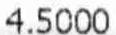
4.5000